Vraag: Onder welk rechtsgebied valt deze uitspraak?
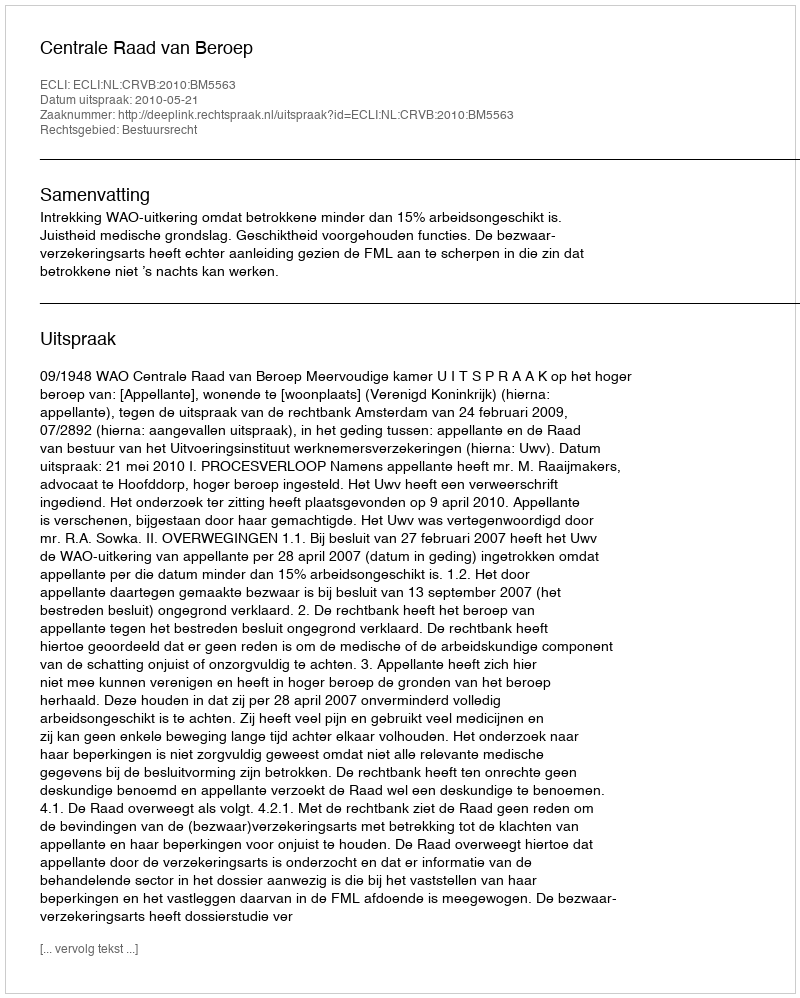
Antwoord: Bestuursrecht